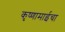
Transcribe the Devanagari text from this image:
कृष्णामाईचा